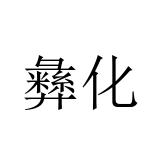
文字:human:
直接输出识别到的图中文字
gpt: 彝化